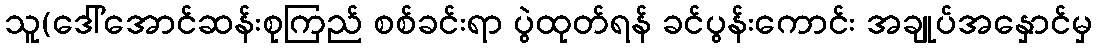
သူ(ဒေါ်အောင်ဆန်းစုကြည် စစ်ခင်းရာ ပွဲထုတ်ရန် ခင်ပွန်းကောင်း အချုပ်အနှောင်မှ